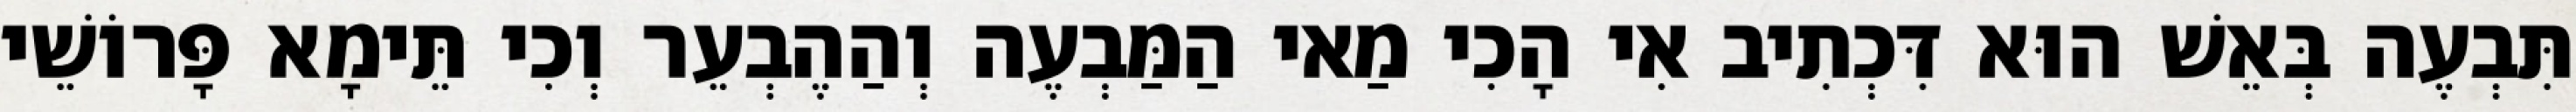
תִּבְעֶה בְּאֵשׁ הוּא דִּכְתִיב אִי הָכִי מַאי הַמַּבְעֶה וְהַהֶבְעֵר וְכִי תֵּימָא פָּרוֹשֵׁי